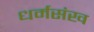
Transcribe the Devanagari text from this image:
धर्मसंख